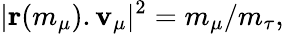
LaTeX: |{\mathbf r}(m_{\mu}).{\mathbf v}_{\mu}|^{2}=m_{\mu}/m_{\tau},